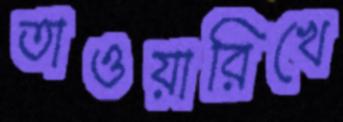
তাওয়ারিখে